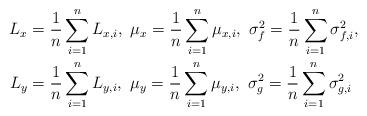
LaTeX: \begin{align*} L_{x} &= \frac{1}{n}\sum_{i=1}^n L_{x, i},~ \mu_{x} = \frac{1}{n}\sum_{i=1}^n \mu_{x, i},~ \sigma_f^2 = \frac{1}{n}\sum_{i=1}^n \sigma_{f, i}^2, \\ L_{y} &= \frac{1}{n}\sum_{i=1}^n L_{y, i},~ \mu_{y} = \frac{1}{n}\sum_{i=1}^n \mu_{y, i},~ \sigma_g^2 = \frac{1}{n}\sum_{i=1}^n \sigma_{g, i}^2 \end{align*}